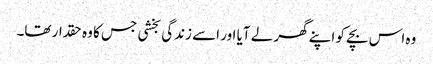
وہ اس بچے کو اپنے گھر لے آیا اور اسے زندگی بخشی جس کا وہ حقدار تھا۔